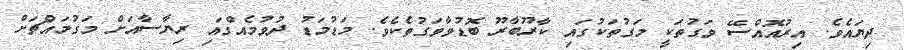
ދިޔައެވެ. އިރުއޮއްސޭ ވަގުތަކީ މަގުތަކުގައި ކާރޫބާރޫ ބޮޑުވާވަގުތެކެވެ. މަޑުމަޑު ދުވުމެއްގައި ރިޔާސާއަށް މަގުމައްޗަށް